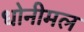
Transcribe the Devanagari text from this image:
धोनीमल